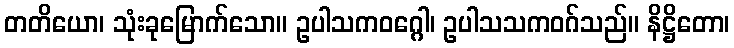
တတိယော၊ သုံးခုမြောက်သော။ ဥပါသကဝဂ္ဂေါ၊ ဥပါသသကဝဂ်သည်။ နိဋ္ဌိတော၊